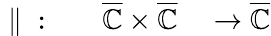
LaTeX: \begin{array}{rlrl}{{}\parallel{}:}&{{}}&{{\overline{{\mathbb{C}}}}\times{\overline{{\mathbb{C}}}}}&{{}\to{\overline{{\mathbb{C}}}}}\end{array}